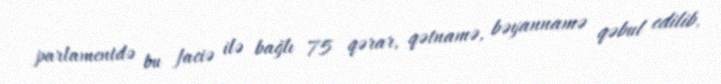
parlamentdə bu faciə ilə bağlı 75 qərar, qətnamə, bəyannamə qəbul edilib.